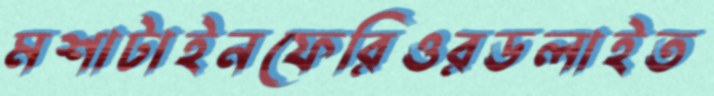
মশাটাইনফেরিওরডলাইত